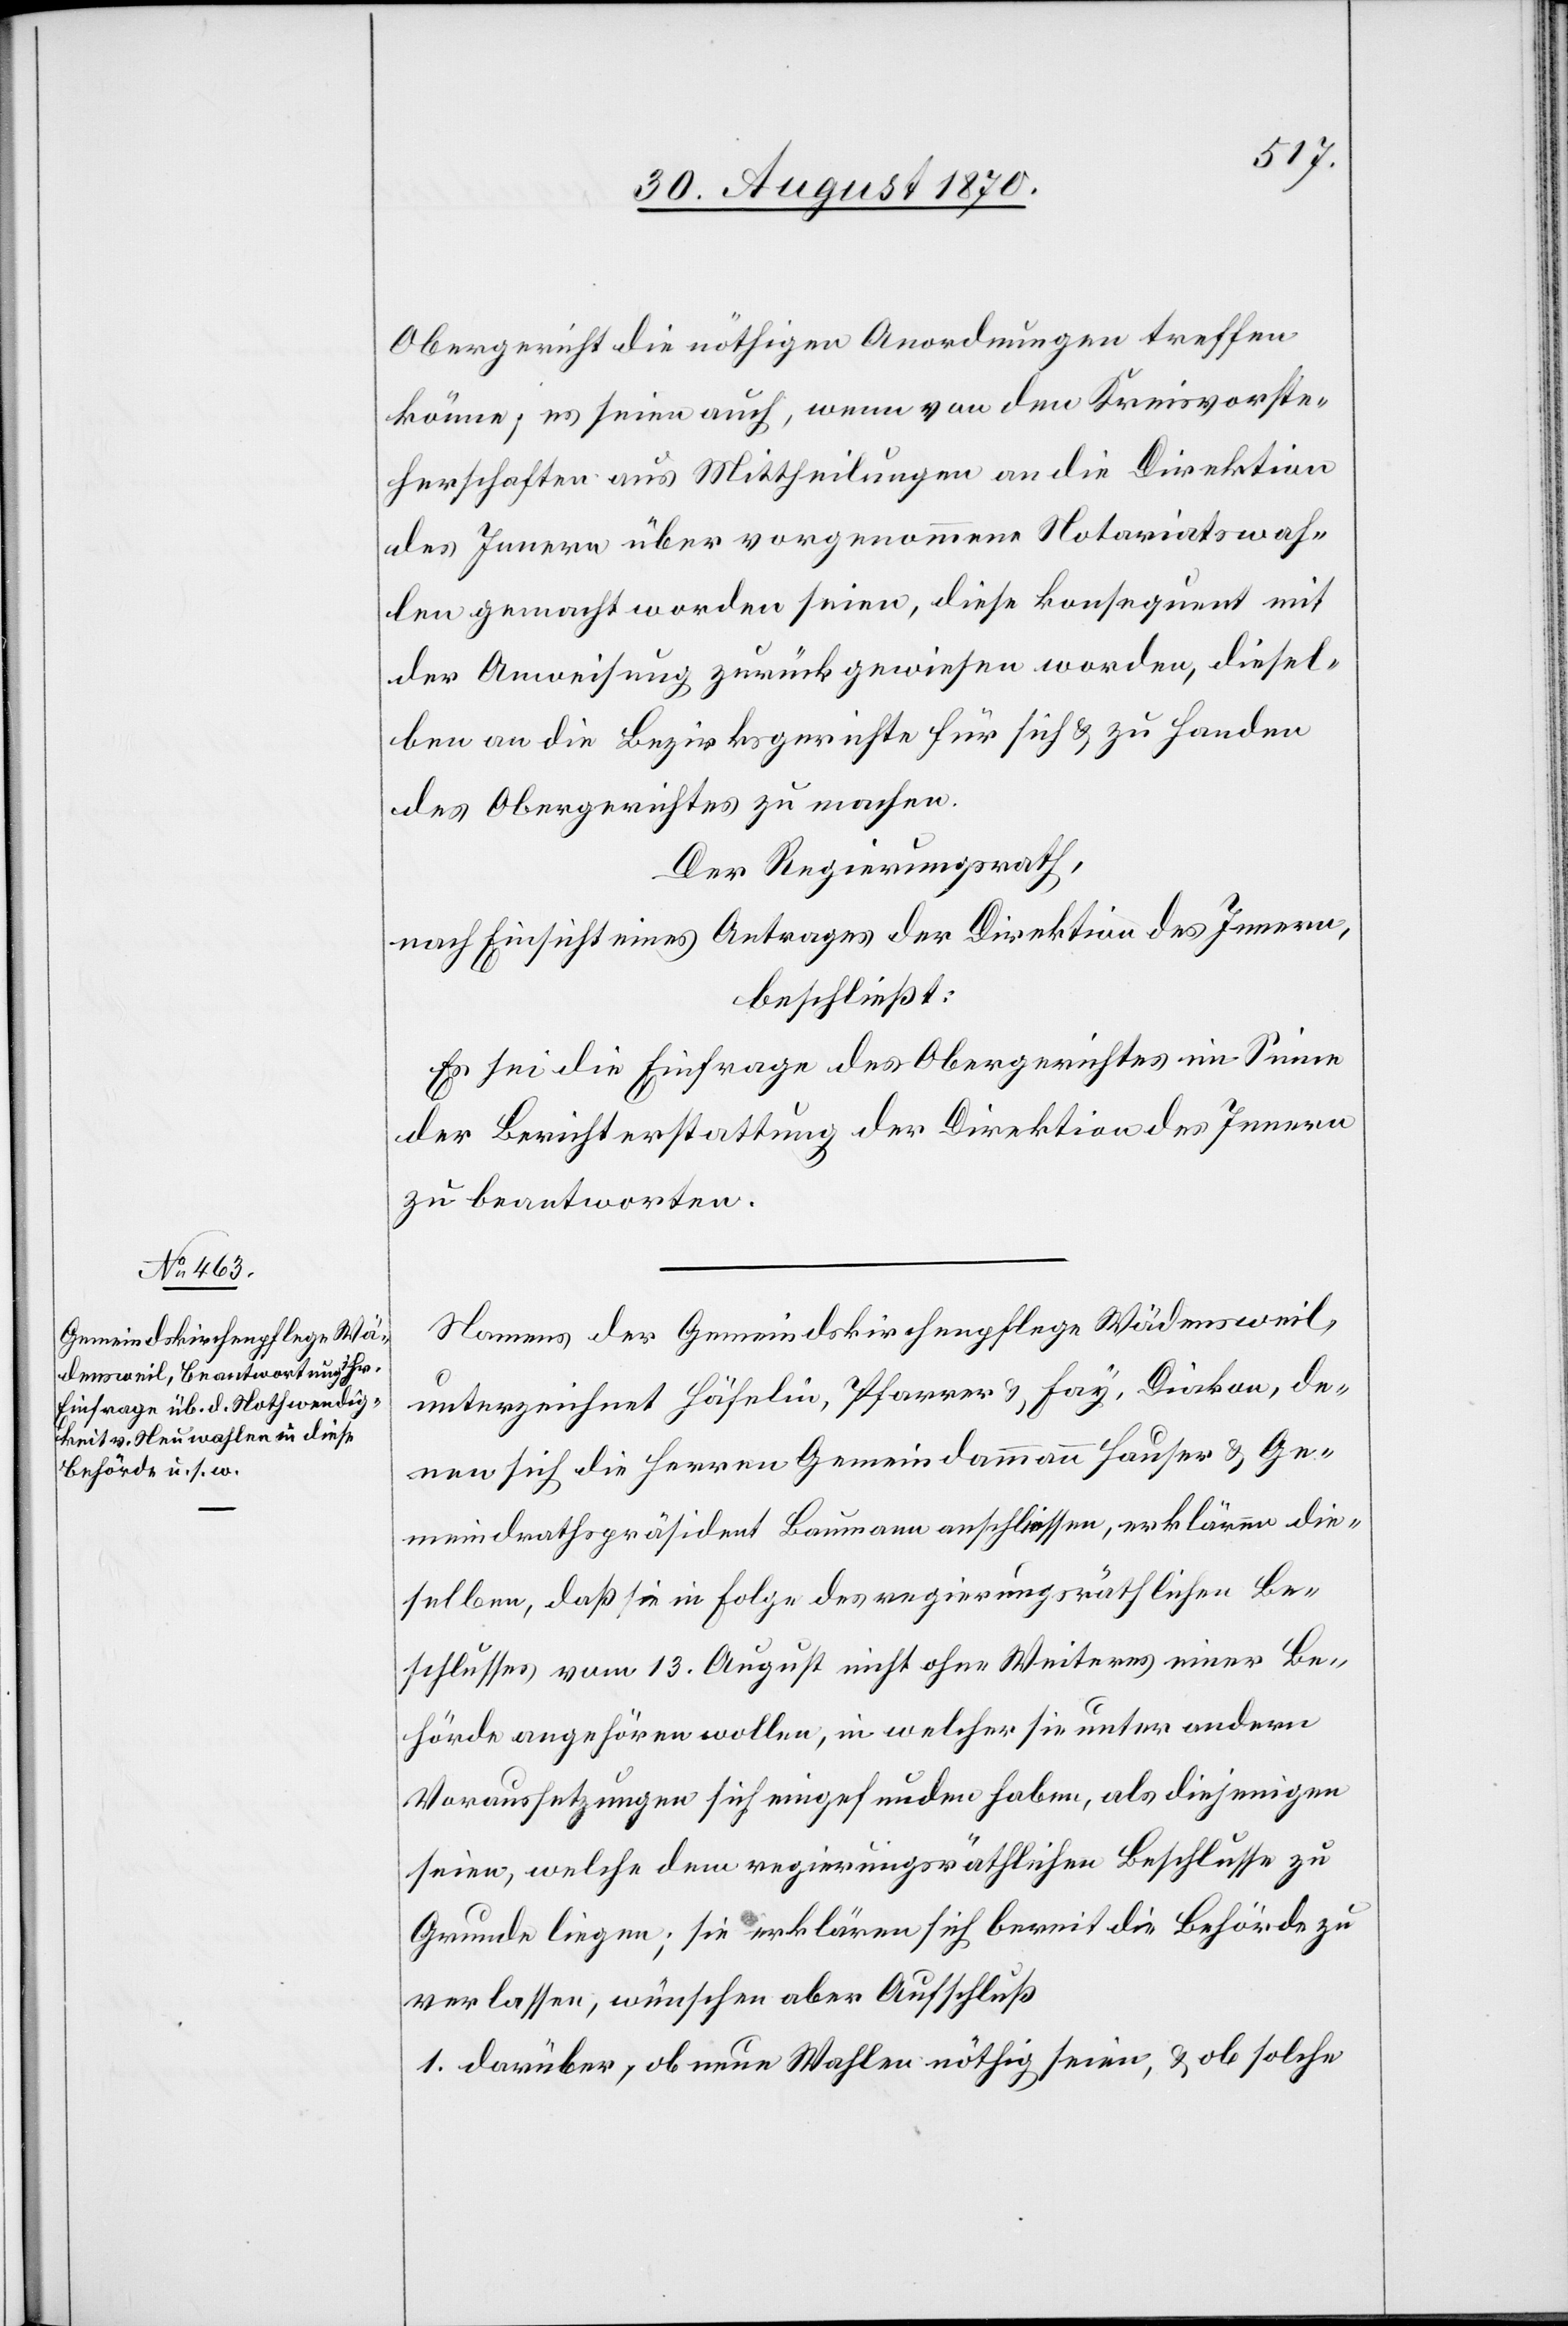
Obergericht die nöthigen Anordnungen treffen
könne; es seien auch, wenn von den Kreisvorste¬
herschaften aus Mittheilungen an die Direktion
des Innern über vorgenommene Notariatswah¬
len gemacht worden seien, diese konsequent mit
der Anweisung zurückgewiesen werden, diesel¬
ben an die Bezirksgerichte für sich & zu Handen
des Obergerichtes zu machen.
Der Regierungsrath
nach Einsicht eines Antrages der Direktion des Innern,
beschließt:
Es sei die Einfrage des Obergerichtes im Sinne
der Berichterstattung der Direktion des Innern
zu beantworten.
Namens der Gemeindskirchenpflege Wädensweil,
unterzeichnet Häfelin, Pfarrer & Fay, Diakon, de¬
nen sich die Herren Gemeindammann Hauser & Ge¬
meindrathspräsident Baumann anschlossen, erklären die¬
selben, daß sie in Folge des regierungsräthlichen Be¬
schlusses vom 13. August nicht ohne Weiteres einer Be¬
hörde angehören wollen, in welcher sie unter andern
Voraussetzungen sich eingefunden haben, als diejenigen
seien, welche dem regierungsräthlichen Beschlusse zu
Grunde liegen; sie erklären sich bereit die Behörde zu
verlassen, wünschen aber Aufschluß
1. darüber, ob neue Wahlen nöthig seien, & ob solche